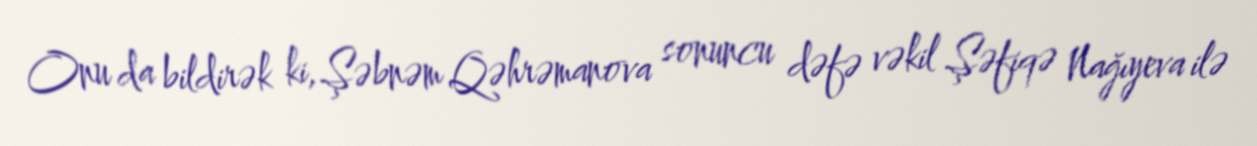
Onu da bildirək ki, Şəbnəm Qəhrəmanova sonuncu dəfə vəkil Şəfiqə Nağıyeva ilə